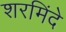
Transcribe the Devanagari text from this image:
शरमिंदे